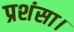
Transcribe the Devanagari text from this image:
प्रशंसा।